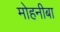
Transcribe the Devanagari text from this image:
मोहनीबा